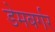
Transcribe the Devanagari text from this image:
डेमबर्गर